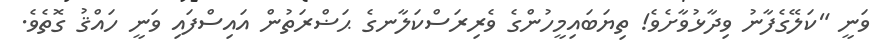
ވަނީ "ކަލޭގެފާނު ވިދާޅުވާށެވެ! ތިޔަބައިމީހުންގެ ވެރިރަސްކަލާނގެ ޙަޟްރަތުން އައިސްފައި ވަނީ ހައްޤު ގޮތެވެ.